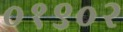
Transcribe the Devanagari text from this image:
०१९०२